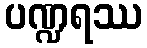
ပဏ္ဍရဿ